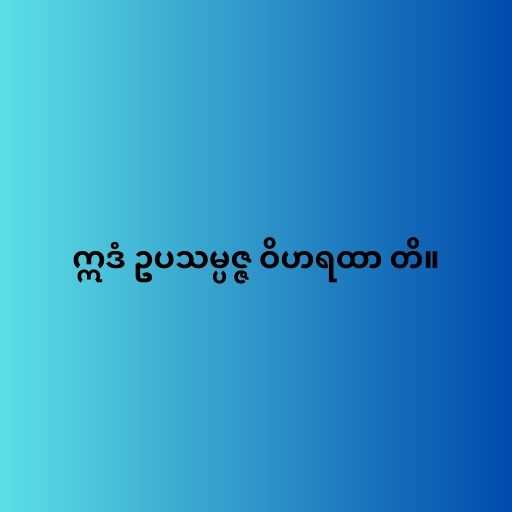
ဣဒံ ဥပသမ္ပဇ္ဇ ဝိဟရထာ တိ။